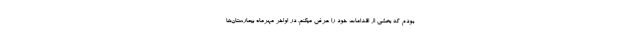
بودم که بخشی از اقدامات خود را عرض میکنم. در اواخر مهرماه بیمارستان‌ها